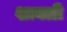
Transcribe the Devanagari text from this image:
शाक्ली